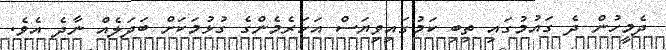
ދެމީހުން ދެ ގައުމުގައި ތިބި ކަމުގައިވިޔަސް އަހަރެމެންގެ ގުޅުމަކަށް ބަދަލެއް ނާދެ އެވެ.